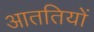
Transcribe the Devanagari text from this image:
आततियों